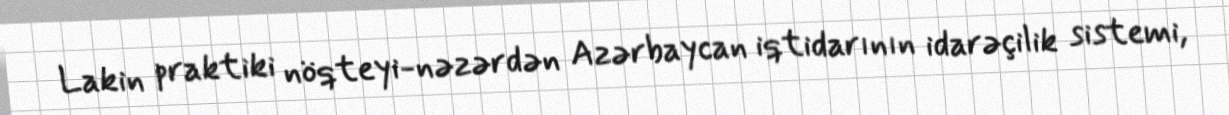
Lakin praktiki nöqteyi-nəzərdən Azərbaycan iqtidarının idarəçilik sistemi,